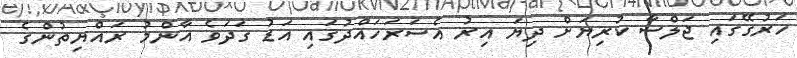
ހަރުގޭގައި ޖަލްސާ ކުރިޔަށް ދިޔަ އިރު އެސަރަހައްދުގައި އަޑު ގަދަވެ އާންމު ރައްޔިތުންގެ